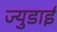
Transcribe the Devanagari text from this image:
ज्युडाई